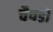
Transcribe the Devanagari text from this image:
चैपडों